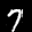
Label: 7